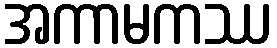
အကာမကဿ